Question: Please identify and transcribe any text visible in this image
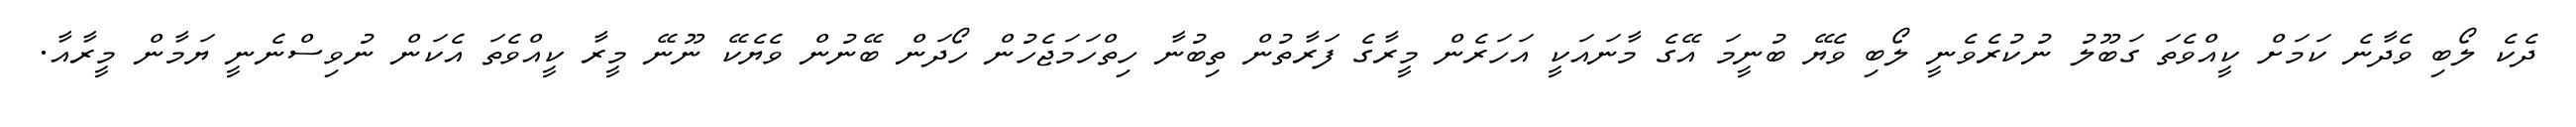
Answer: ދެކެ ލޯބި ވެދާނެ ކަމަށް ކީއްވެތަ ގަބޫލު ނުކުރެވެނީ ލޯބި ވެޔޭ ބުނީމަ އޭގެ މާނައަކީ އަހަރެން މީރާގެ ފަރާތުން ތިބުނާ ހިތްހަމަޖެހުން ހޯދަން ބޭނުން ވެޔެކޭ ނޫނޭ މީރާ ކީއްވެތަ އެކަން ނުވިސްނެނީ ޔަމާން މީރާއާ.